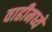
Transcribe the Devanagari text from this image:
वाढीमध्ये